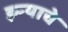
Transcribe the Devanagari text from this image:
झ्ऱ्याचे